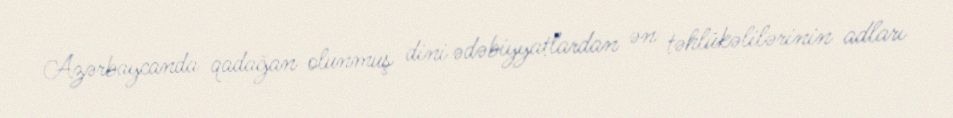
Azərbaycanda qadağan olunmuş dini ədəbiyyatlardan ən təhlükəlilərinin adları